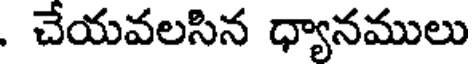
. చేయవలసిన ధ్యానములు